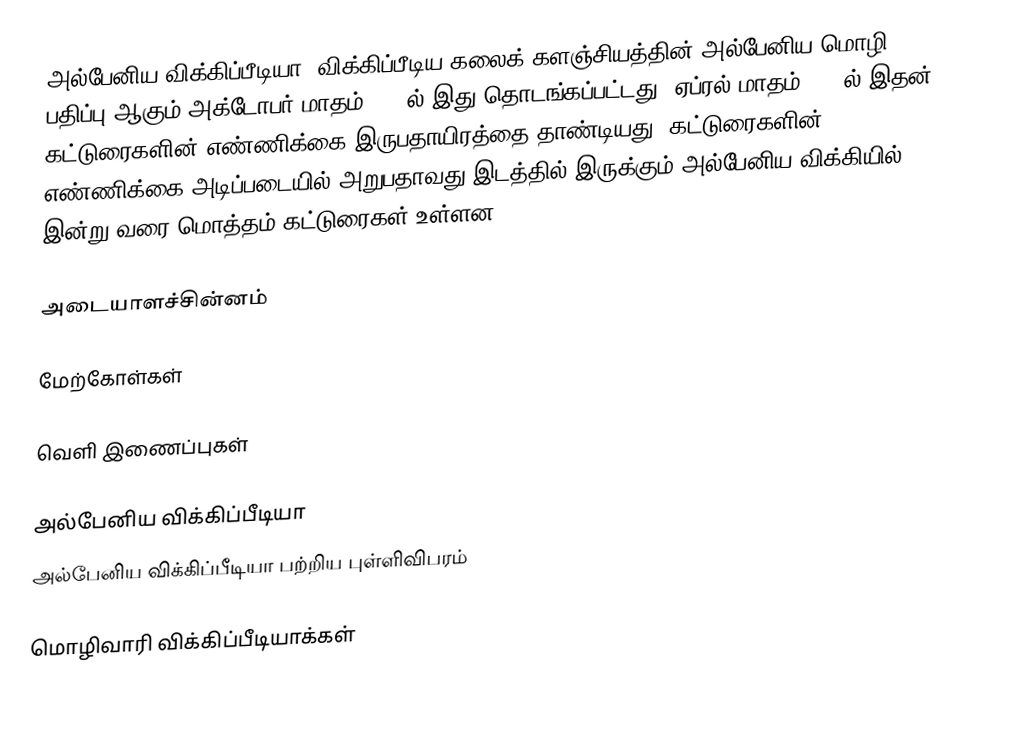
அல்பேனிய விக்கிப்பீடியா, விக்கிப்பீடிய கலைக் களஞ்சியத்தின் அல்பேனிய மொழி பதிப்பு ஆகும்.அக்டோபர் மாதம் 2003ல் இது தொடங்கப்பட்டது. ஏப்ரல் மாதம் 2008ல் இதன் கட்டுரைகளின் எண்ணிக்கை இருபதாயிரத்தை தாண்டியது. கட்டுரைகளின் எண்ணிக்கை அடிப்படையில் அறுபதாவது இடத்தில் இருக்கும் அல்பேனிய விக்கியில் இன்று வரை மொத்தம் கட்டுரைகள் உள்ளன.

அடையாளச்சின்னம்

மேற்கோள்கள்

வெளி இணைப்புகள்

அல்பேனிய விக்கிப்பீடியா
அல்பேனிய விக்கிப்பீடியா பற்றிய புள்ளிவிபரம்

 மொழிவாரி விக்கிப்பீடியாக்கள்